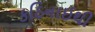
કઠિનાઈથી